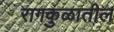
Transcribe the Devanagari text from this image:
रागकुळातील